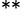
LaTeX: ^{\ast\ast}